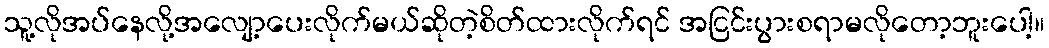
သူ့လိုအပ်နေလို့အလျော့ပေးလိုက်မယ်ဆိုတဲ့စိတ်ထားလိုက်ရင် အငြင်းပွားစရာမလိုတော့ဘူးပေါ့။